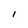
Character: 1